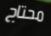
محتاج